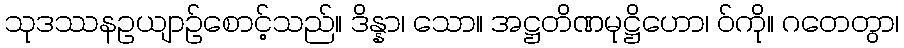
သုဒဿနဥယျာဉ်စောင့်သည်။ ဒိန္နာ၊ သော။ အဋ္ဌတိဏမုဋ္ဌိဟော၊ ဝ်ကို။ ဂတေတွာ၊